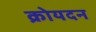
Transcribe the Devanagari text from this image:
क्रोयदन